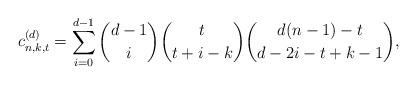
LaTeX: \begin{align*}c_{n,k,t}^{(d)}=\sum\limits_{i=0}^{d-1}{{d-1}\choose i}{t\choose t+i-k}{{d(n-1)-t}\choose d-2i-t+k-1},\end{align*}